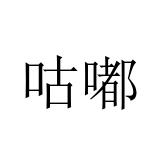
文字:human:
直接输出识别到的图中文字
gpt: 咕嘟